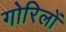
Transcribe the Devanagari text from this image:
गोरिलों